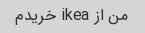
من از ikea خریدم